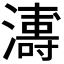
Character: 𭳍